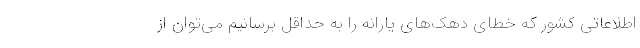
اطلاعاتی کشور که خطای دهک‌های یارانه را به حداقل برسانیم می‌توان از